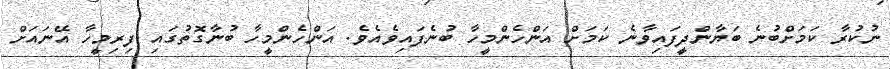
ނުކުރާ ކަމަށްބުނެ ބަޔާންދީފައިވާނެ ކަމަށް އަންހެންމީހާ ބުނެފައިވެއެވެ. އަންހެންމީހާ ބުނާގޮތުގައި ފިރިމީހާ އޭނައަށް